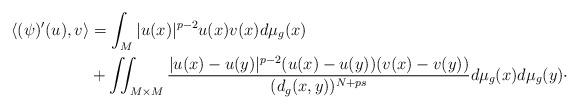
LaTeX: \begin{align*} \langle( \psi )'(u),v\rangle&= \int _{M} |u(x)|^{p-2} u(x)v(x)d\mu _g(x)\\& + \iint_{M\times M} \frac{|u(x)-u(y)|^{p-2}(u(x)-u(y))(v(x)-v(y))}{(d_g(x,y))^{N+ps}}d\mu _g(x)d\mu _g(y)\cdot\end{align*}